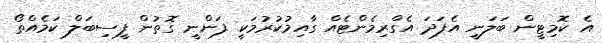
އެ ކޮމިޓީން ބަލަނީ އެފަދަ އެގްރިމެންޓެއް ގާއިމުކުރުމަކީ ފަންނީ ގޮތުން ފީސިބަލް ކަމެއްތޯ